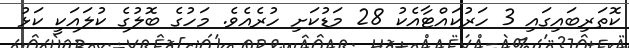
ކޮތަރިބައިގައި 3 ހަރުކައްޓާއެކު 28 މަޑުކަށި ހުރެއެވެ. މަހުގެ ބޮލުގެ ކުލަައަކީ ކަޅު